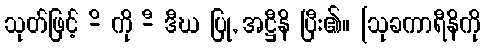
သုတ်ဖြင့် -ိ ကို -ီ ဒီဃ ပြု, အဋ္ဌီနိ ပြီး၏။ [သုခကာရီနိကို